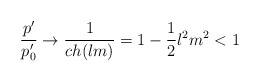
\begin{align*}\frac{p'}{p'_0} \rightarrow \frac{1}{ch(lm)} = 1 - \frac{1}{2}l^2m^2 <1\end{align*}